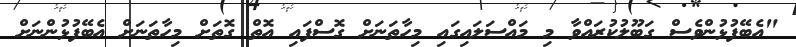
"އެބޭފުޅުންވެސް ގަބޫލުކުރައްވާ މި މައްސަލައިގައި މިހާތަނަށް ގޮސްފައި އޮތް ގޮތަށް މިހާތަނަށް އެބޭފުޅުންނަށް